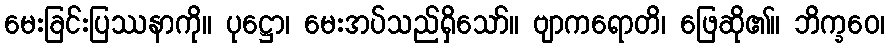
မေးခြင်းပြဿနာကို။ ပုဋ္ဌော၊ မေးအပ်သည်ရှိသော်။ ဗျာကရောတိ၊ ဖြေဆို၏။ ဘိက္ခဝေ၊